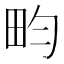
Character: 畇